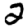
Digit: 2